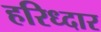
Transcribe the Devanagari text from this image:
हरिध्दार